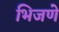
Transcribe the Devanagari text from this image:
भिजणे